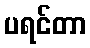
ပရင်တာ